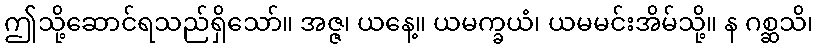
ဤသို့ဆောင်ရသည်ရှိသော်။ အဇ္ဇ၊ ယနေ့။ ယမက္ခယံ၊ ယမမင်းအိမ်သို့။ န ဂစ္ဆသိ၊